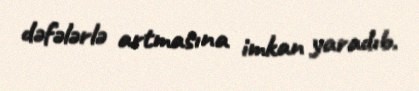
dəfələrlə artmasına imkan yaradıb.